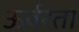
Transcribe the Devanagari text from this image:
ऊर्वरता